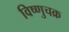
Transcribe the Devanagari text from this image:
विष्णुचक्र